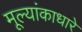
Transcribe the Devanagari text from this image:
मूल्यांकाधारे